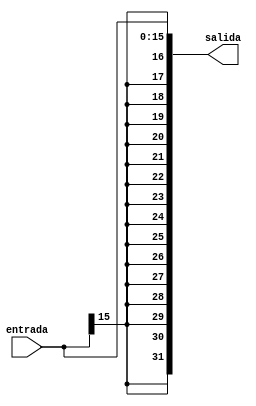
`timescale 1ns / 1ps
//////////////////////////////////////////////////////////////////////////////////
// Mauricio Salomon - 200900582
// Miguel Taylor -201117893
// Juan Pablo Arias Mora - 200826602
// Sebastian Gonzalez - 201159610
//////////////////////////////////////////////////////////////////////////////////
module SignExtImm( entrada, salida );
	input[15:0] entrada;
	output reg[31:0] salida;
	always @(entrada)
	begin
		salida[31] = entrada[15];
		salida[30] = entrada[15];
		salida[29] = entrada[15];
		salida[28] = entrada[15];
		salida[27] = entrada[15];
		salida[26] = entrada[15];
		salida[25] = entrada[15];
		salida[24] = entrada[15];
		salida[23] = entrada[15];
		salida[22] = entrada[15];
		salida[21] = entrada[15];
		salida[20] = entrada[15];
		salida[19] = entrada[15];
		salida[18] = entrada[15];
		salida[17] = entrada[15];
		salida[16] = entrada[15];
		salida[15] = entrada[15];
		salida[14] = entrada[14];
		salida[13] = entrada[13];
		salida[12] = entrada[12];
		salida[11] = entrada[11];
		salida[10] = entrada[10];
		salida[9] = entrada[9];
		salida[8] = entrada[8];
		salida[7] = entrada[7];
		salida[6] = entrada[6];
		salida[5] = entrada[5];
		salida[4] = entrada[4];
		salida[3] = entrada[3];
		salida[2] = entrada[2];
		salida[1] = entrada[1];
		salida[0] = entrada[0];		
	end
	
endmodule